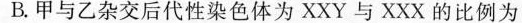
B.甲与乙杂交后代性染色体为XXY与XXX的比例为